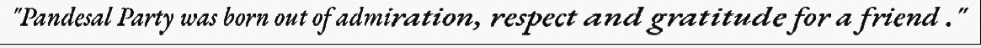
"Pandesal Party was born out of admiration, respect and gratitude for a friend ."